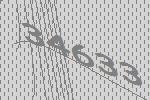
34633